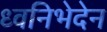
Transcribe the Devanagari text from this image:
ध्वनिभेदेन